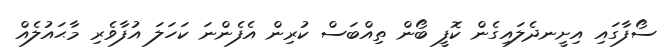
ސޯފާގައި އިށީނދެލައިގެން ކޮފީ ބޯން ތިއްބަސް ކުރިން އެފެންނަ ކަހަލަ އުފާވެރި މާޙައުލެއް